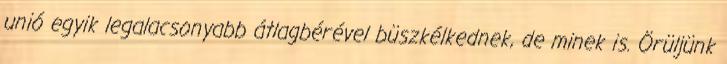
unió egyik legalacsonyabb átlagbérével büszkélkednek, de minek is. Örüljünk